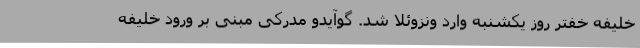
خلیفه خفتر روز یکشنبه وارد ونزوئلا شد. گوآیدو مدرکی مبنی بر ورود خلیفه